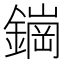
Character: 𬬀